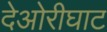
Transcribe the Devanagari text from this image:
देओरीघाट